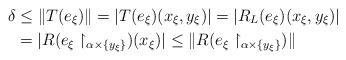
LaTeX: \begin{align*}\delta &\leq \|T(e_\xi)\|= |T(e_\xi)(x_\xi,y_\xi)|=|R_L(e_\xi)(x_\xi,y_\xi)|\\&=|R(e_\xi\restriction_{\alpha\times \{y_\xi\}})(x_\xi)|\leq\|R(e_\xi\restriction_{\alpha\times \{y_\xi\}})\|\end{align*}